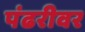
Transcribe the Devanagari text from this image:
पंढरीवर